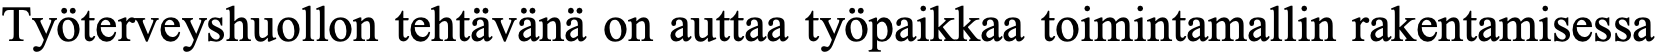
Työterveyshuollon tehtävänä on auttaa työpaikkaa toimintamallin rakentamisessa